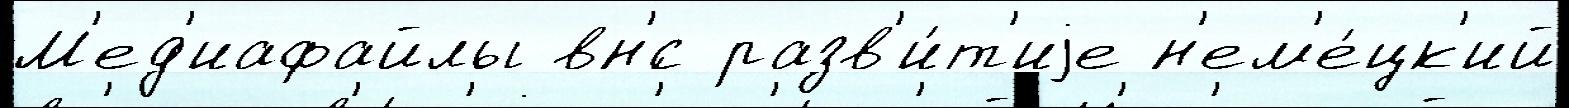
М'ед'иафайлы вн'́с разв'и́т'иjе н'ем'е́цк'ий